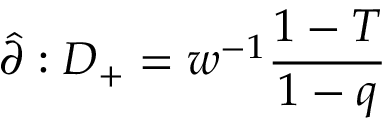
\hat { \partial } : D _ { + } = w ^ { - 1 } \frac { 1 - T } { 1 - q }